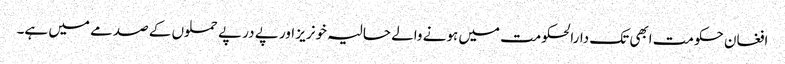
افغان حکومت ابھی تک دارالحکومت میں ہونے والے حالیہ خونریز اور پے در پے حملوں کے صدمے میں ہے۔